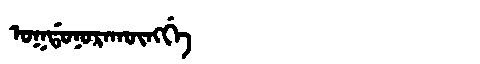
Manchu: ᠣᡴᡩᠣᠨᠣᡵᠠᡴᡡᠩᡤᡝ
Romanization: OKDONORAKŪNGGE